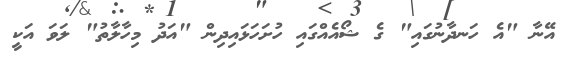
އޭނާ "އެ ހަނދާނުގައި" ގެ ޝޯއެއްގައި ހުށަހަޅައިދިން "އަދު މިހާލާތު" ލަވަ އަކީ